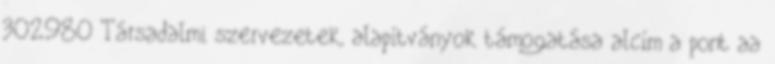
302980 Társadalmi szervezetek, alapítványok támogatása alcím a pont aa